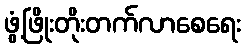
ဖွံ့ဖြိုးတိုးတက်လာစေရေး